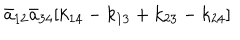
LaTeX: { \bar { a } } _ { 1 2 } { \bar { a } } _ { 3 4 } [ k _ { 1 4 } - k _ { 1 3 } + k _ { 2 3 } - k _ { 2 4 } ]